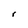
Character: r